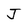
Character: J